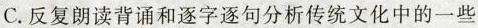
C. 反复朗读背诵和逐字逐句分析传统文化中的一